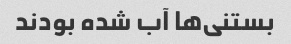
بستنی‌ها آب شده بودند